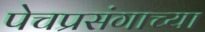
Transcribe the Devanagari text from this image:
पेचप्रसंगाच्या